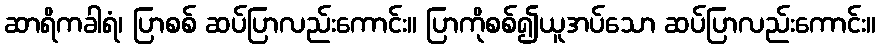
ဆာရိကခါရံ၊ ပြာစစ် ဆပ်ပြာလည်းကောင်း။ ပြာကိုစစ်၍ယူအပ်သော ဆပ်ပြာလည်းကောင်း။